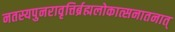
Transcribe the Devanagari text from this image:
नतस्यपुनरावृत्तिर्ब्रह्मलोकात्सनातनात्